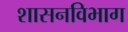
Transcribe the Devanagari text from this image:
शासनविभाग